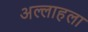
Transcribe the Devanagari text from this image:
अल्लाहला